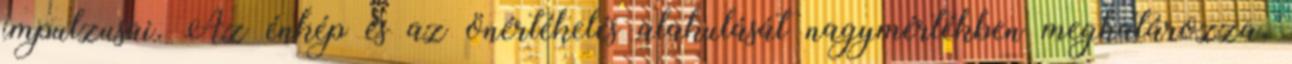
impulzusai. Az énkép és az önértékelés alakulását nagymértékben meghatározza,